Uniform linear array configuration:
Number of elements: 4
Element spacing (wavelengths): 1
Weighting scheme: binomial
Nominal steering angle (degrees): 30
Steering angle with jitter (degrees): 31.464
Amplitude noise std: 0.05
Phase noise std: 0.05

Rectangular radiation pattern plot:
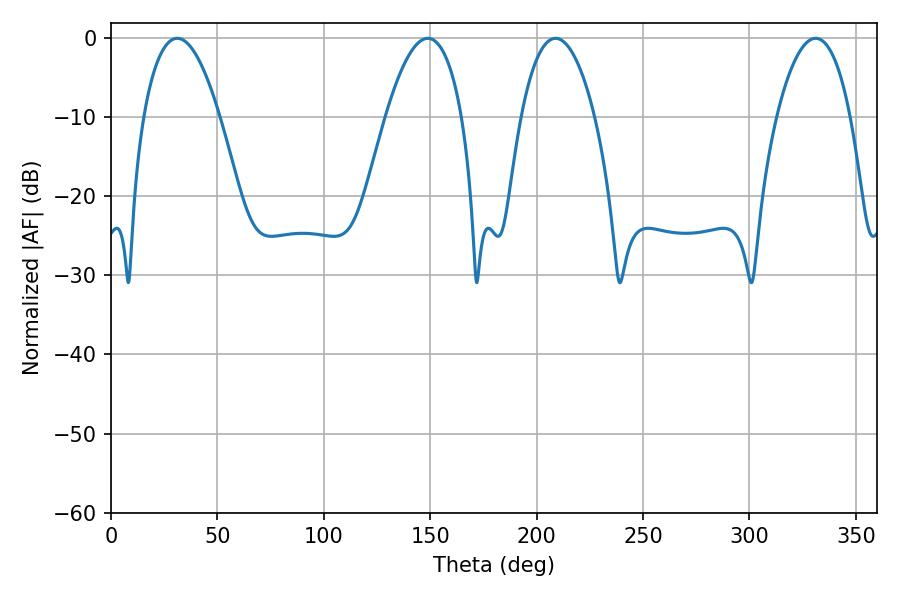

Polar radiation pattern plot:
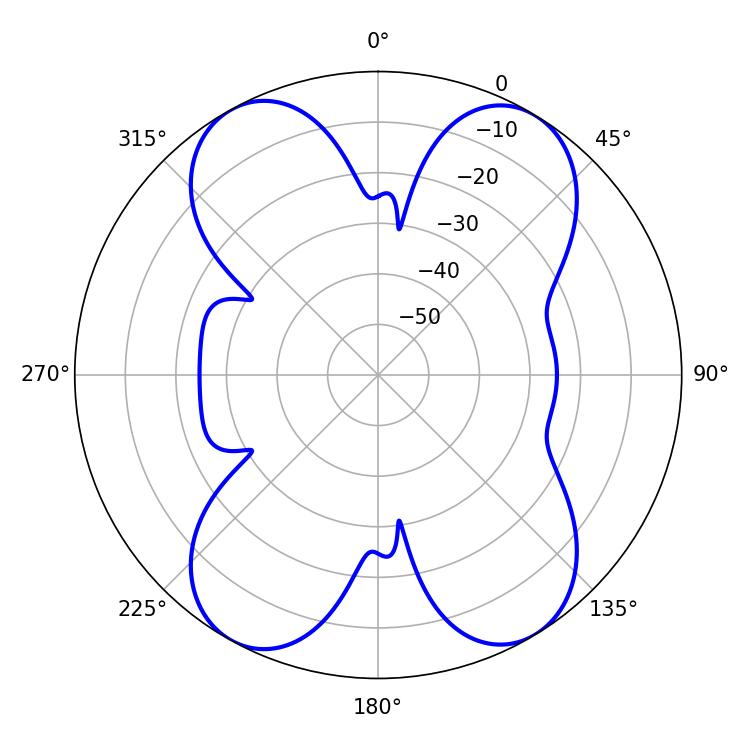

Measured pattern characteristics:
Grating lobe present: TRUE
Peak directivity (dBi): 16.6
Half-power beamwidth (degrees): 19.98
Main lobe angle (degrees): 31.14